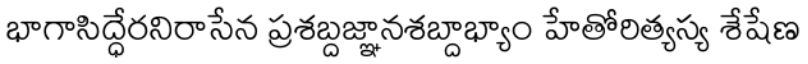
భాగాసిద్ధేరనిరాసేన ప్రశబ్దజ్ఞానశబ్దాభ్యాం హేతోరిత్యస్య శేషేణ